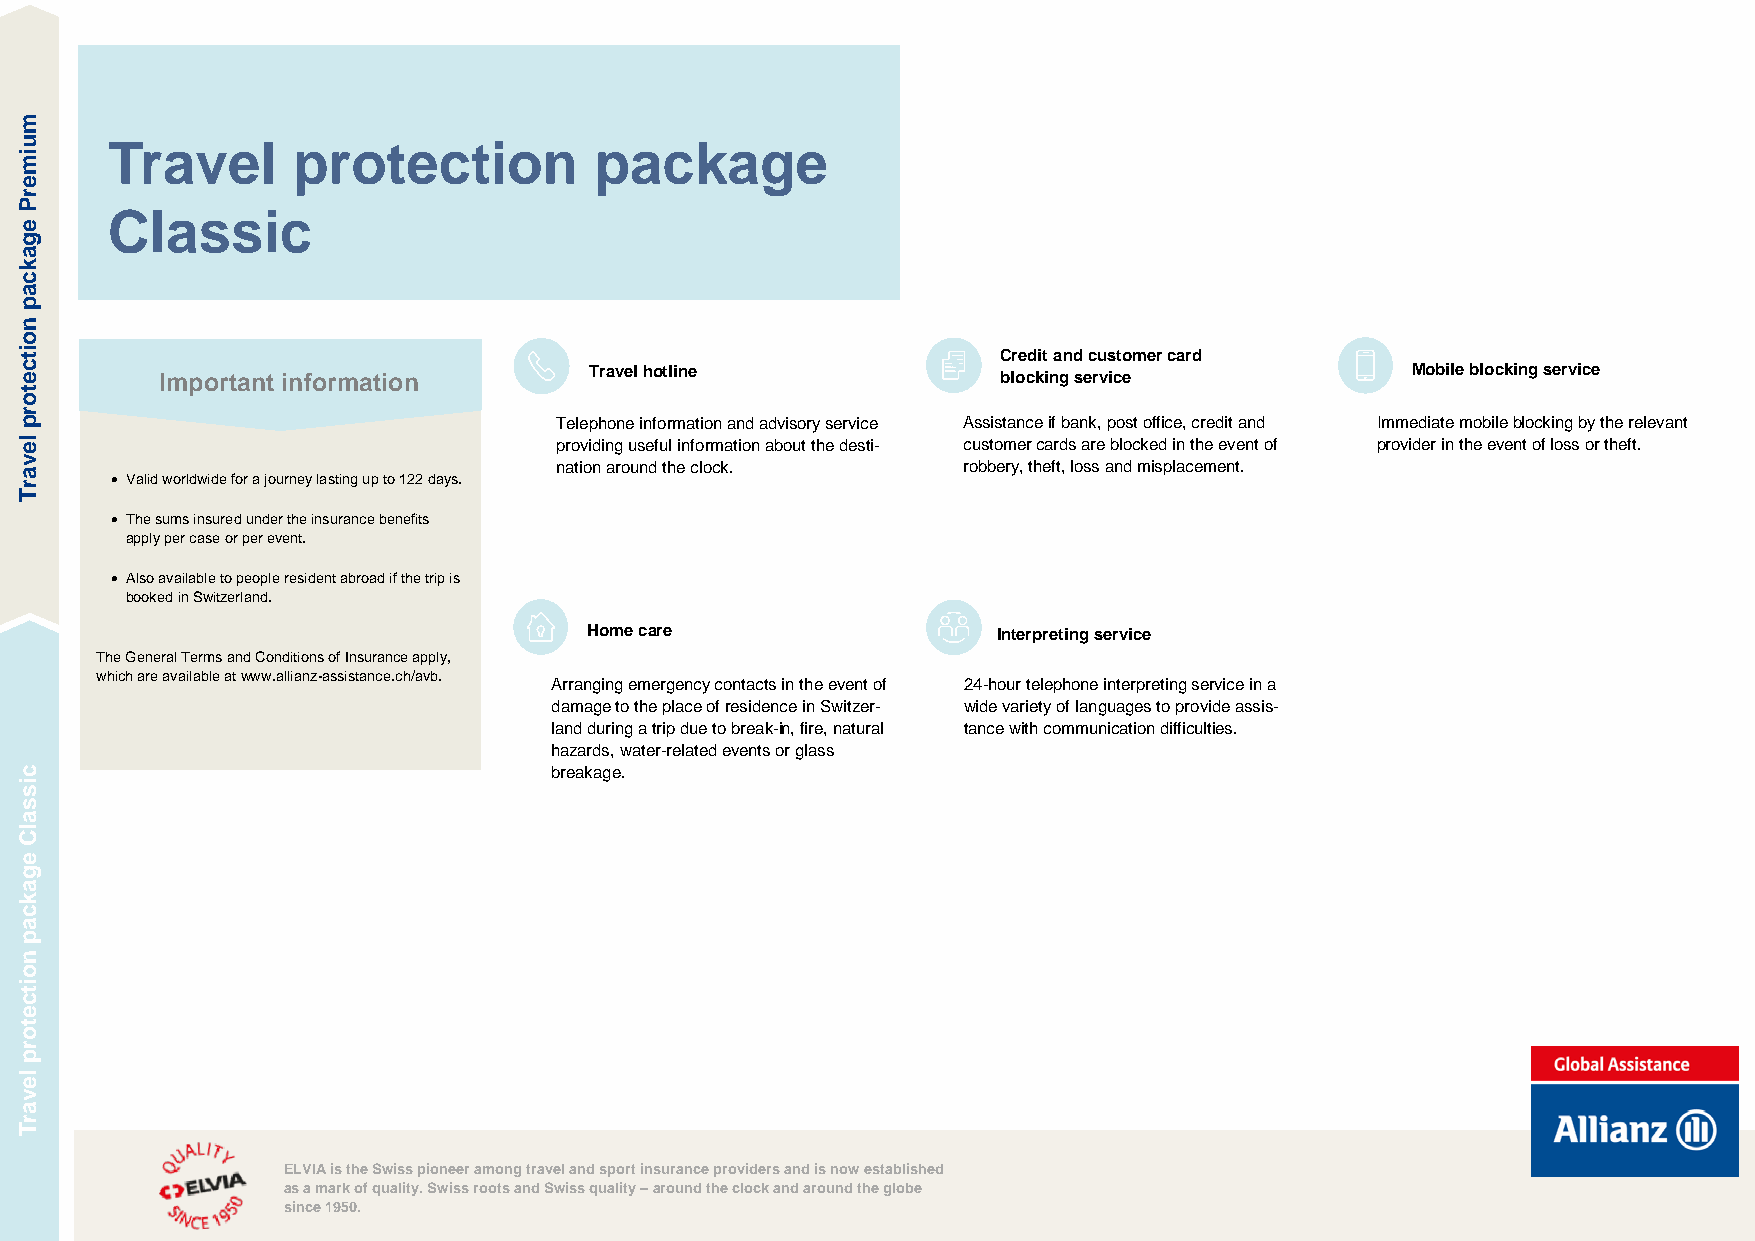
Travel      protection          package
 C  lassic
 Credit and customer card
 Travel hotline                                        Mobile blocking service
 Important information                                  blocking service
 Telephone information and advisory service Assis tance if bank, post office, credit and Immediate mobile blocking by the relevant
 providing useful information about the desti- customer cards are blocked in the event of provider in the event of loss or theft.
 nation around the clock.   robbe ry, theft, loss and misplacement.
 • Valid worldwide for a journey lasting up to 122 days.
 • The sums insured under the insurance benefits
 apply per case or per eve nt.
 • Also available to people resident abroad if the trip is
 booked in Switzerland.
 Home care                  Interpreting service
 The General Terms and Conditions of Insurance apply,
 which are available at www.allianz-assistance.ch/avb.
 Arranging emergency contacts in the event of 24-h our telephone interpreting service in a
 damage to the place of residence in Switzer- wide variety of languages to provide assis-
 land during a trip due to break-in, fire, natural tance with communication difficulties.
 hazards, water-related events or glass
 breakage.
 ELVIA is the Swiss pioneer among travel and sport insurance providers and is now established
 as a mark of quality. Swiss roots and Swiss quality – around the clock and around the globe
 since 1950.
 muimerP
 egakcap
 noitcetor
 tpe
 gledvuaBrT
 pirT
 eruceS
 cissalC
 egakcap
 noitcetorp
 levarT